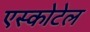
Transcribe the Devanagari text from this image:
एस्कोटेल